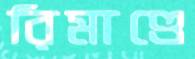
রিমাণ্ডে